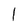
Character: l